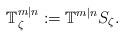
LaTeX: \begin{align*}\mathbb T^{m|n}_\zeta:=\mathbb T^{m|n} S_\zeta.\end{align*}